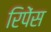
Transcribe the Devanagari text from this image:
रिपेंस